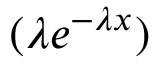
( \lambda e ^ { - \lambda x } )